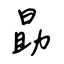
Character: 勗